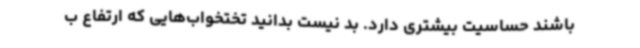
باشند حساسیت بیشتری دارد. بد نیست بدانید تختخواب‌هایی که ارتفاع ب